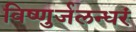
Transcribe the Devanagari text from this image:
विष्णुर्जलन्धरं